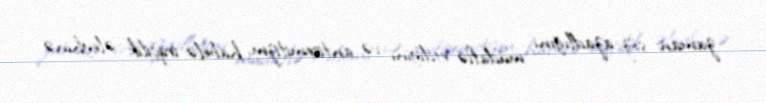
zaman söz azadlığını müdafiə etdiyini və antisemitizm, habelə irqçilik əleyhinə